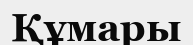
Құмары